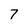
Character: 7